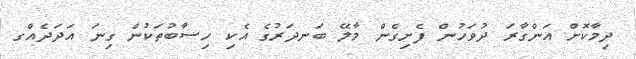
ދިމާކޮށް އަންގާރަ ދުވަހުން ފެށިގެން މާލޭ ބަނދަރުގެ އެކި ހިސާބުތަކުން ގިނަ އަދަދެއްގ